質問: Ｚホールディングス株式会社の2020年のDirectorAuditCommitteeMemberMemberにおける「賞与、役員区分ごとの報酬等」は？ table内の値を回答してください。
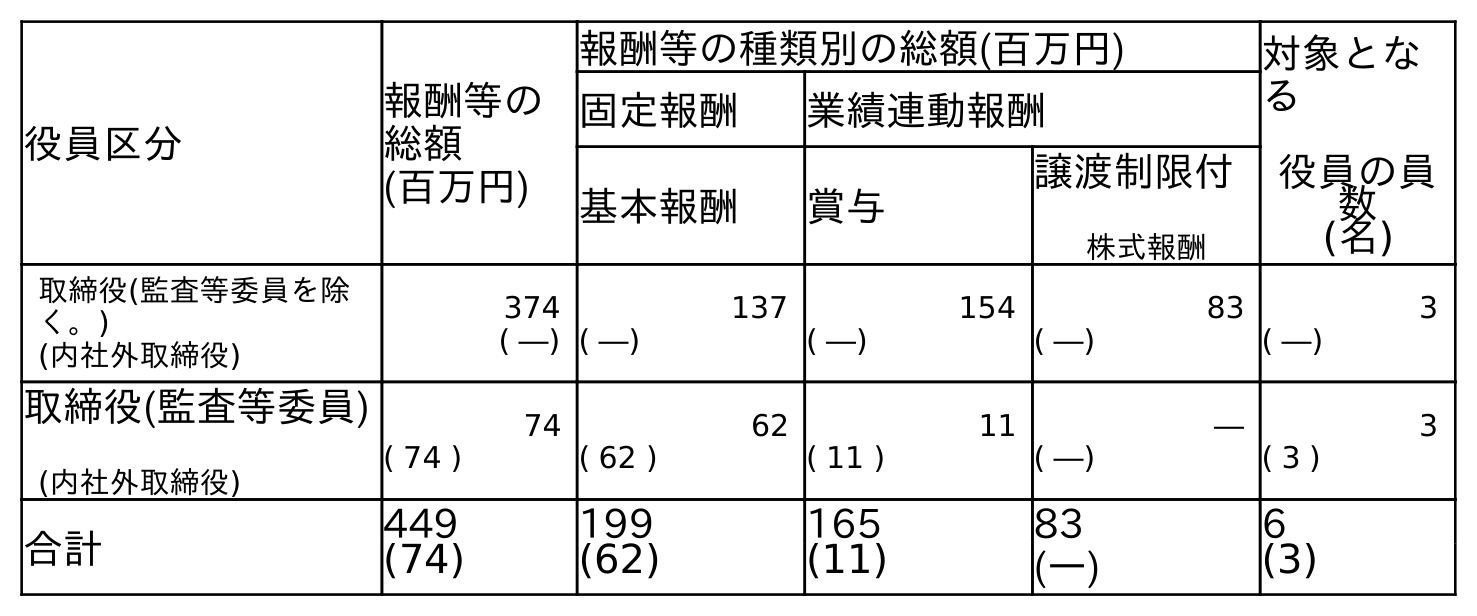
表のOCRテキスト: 役員区分 報酬等の 総額 (百万円) 報酬等の種類別の総額(百万円) 対象とな る 役員の員 数 (名) 固定報酬 業績連動報酬 基本報酬 賞与 譲渡制限付 株式報酬 取締役(監査等委員を除 く。) (内社外取締役) 374 ( ―) 137 ( ―) 154 ( ―) 83 ( ―) 3 ( ―) 取締役(監査等委員) (内社外取締役) 74 ( 74 ) 62 ( 62 ) 11 ( 11 ) ― ( ―) 3 ( 3 ) 合計 449 199 165 83 6 (74) (62) (11) (―) (3)
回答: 11(11)